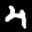
Label: 4